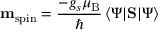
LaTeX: \mathbf { m } _ { \mathrm { { s p i n } } } = { \frac { - g _ { s } \mu _ { \mathrm { { B } } } } { \hbar } } \, \langle \Psi \vert \mathbf { S } \vert \Psi \rangle